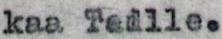
kaa Teille.